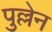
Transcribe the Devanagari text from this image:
पुल्लेन